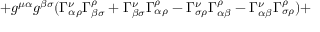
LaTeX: + g ^ { \mu \alpha } g ^ { \beta \sigma } ( \Gamma _ { \alpha \rho } ^ { \nu } \Gamma _ { \beta \sigma } ^ { \rho } + \Gamma _ { \beta \sigma } ^ { \nu } \Gamma _ { \alpha \rho } ^ { \rho } - \Gamma _ { \sigma \rho } ^ { \nu } \Gamma _ { \alpha \beta } ^ { \rho } - \Gamma _ { \alpha \beta } ^ { \nu } \Gamma _ { \sigma \rho } ^ { \rho } ) +